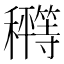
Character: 𰩂